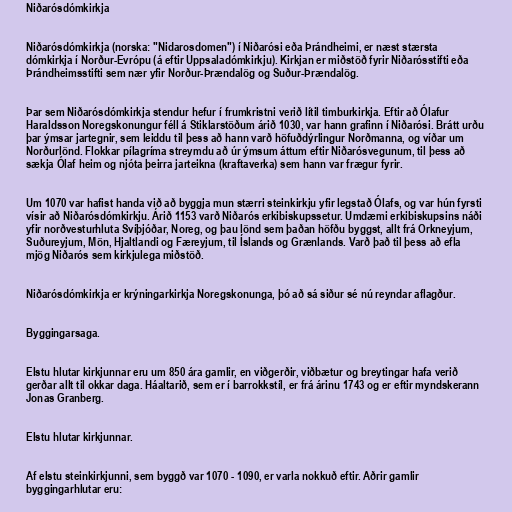
Niðarósdómkirkja

Niðarósdómkirkja (norska: "Nidarosdomen") í Niðarósi eða Þrándheimi, er næst stærsta
dómkirkja í Norður-Evrópu (á eftir Uppsaladómkirkju). Kirkjan er miðstöð fyrir Niðarósstifti eða
Þrándheimsstifti sem nær yfir Norður-Þrændalög og Suður-Þrændalög.

Þar sem Niðarósdómkirkja stendur hefur í frumkristni verið lítil timburkirkja. Eftir að Ólafur
Haraldsson Noregskonungur féll á Stiklarstöðum árið 1030, var hann grafinn í Niðarósi. Brátt urðu
þar ýmsar jartegnir, sem leiddu til þess að hann varð höfuðdýrlingur Norðmanna, og víðar um
Norðurlönd. Flokkar pílagríma streymdu að úr ýmsum áttum eftir Niðarósvegunum, til þess að
sækja Ólaf heim og njóta þeirra jarteikna (kraftaverka) sem hann var frægur fyrir.

Um 1070 var hafist handa við að byggja mun stærri steinkirkju yfir legstað Ólafs, og var hún fyrsti
vísir að Niðarósdómkirkju. Árið 1153 varð Niðarós erkibiskupssetur. Umdæmi erkibiskupsins náði
yfir norðvesturhluta Svíþjóðar, Noreg, og þau lönd sem þaðan höfðu byggst, allt frá Orkneyjum,
Suðureyjum, Mön, Hjaltlandi og Færeyjum, til Íslands og Grænlands. Varð það til þess að efla
mjög Niðarós sem kirkjulega miðstöð.

Niðarósdómkirkja er krýningarkirkja Noregskonunga, þó að sá siður sé nú reyndar aflagður.

Byggingarsaga.

Elstu hlutar kirkjunnar eru um 850 ára gamlir, en viðgerðir, viðbætur og breytingar hafa verið
gerðar allt til okkar daga. Háaltarið, sem er í barrokkstíl, er frá árinu 1743 og er eftir myndskerann
Jonas Granberg.

Elstu hlutar kirkjunnar.

Af elstu steinkirkjunni, sem byggð var 1070 - 1090, er varla nokkuð eftir. Aðrir gamlir
byggingarhlutar eru: